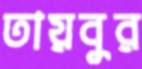
তায়বুর